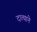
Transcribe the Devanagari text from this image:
दात्याने